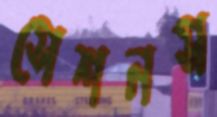
সেশনস